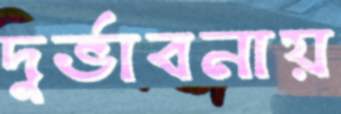
দুর্ভাবনায়